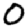
Digit: 0